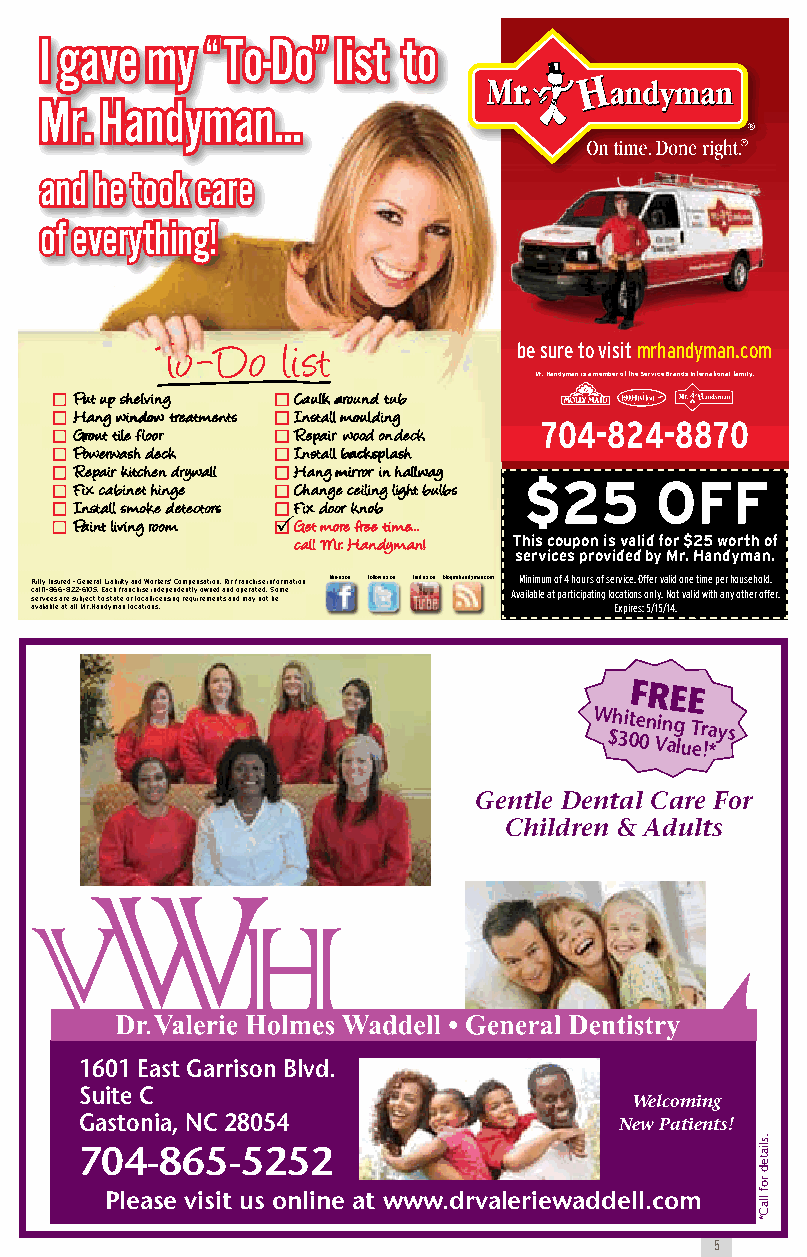
I gave my  “To-Do” list to
 Mr. Handyman...
 and he took care
 of everything!
 To-Do    list           be sure to visit mrhandyman.com
 Mr. Handyman is a member of the Service Brands International family.
 Put up shelving Caulk around tub
 Hang window treatments Install moulding
 704-824-8870
 Grout tile floor Repair wood on deck
 Powerwash deck Install backsplash
 Repair kitchen drywall Hang mirror in hallway
 $25     OFF
 Fix cabinet hinge Change ceiling light bulbs
 Install smoke detectors Fix door knob
 Paint living room PGet more free time...
 call Mr. Handyman! This coupon is valid for $25 worth of
 services provided by Mr. Handyman.
 Fully Insured - General Liability and Workers’ Compensation. For franchise information like us on follow us on find us on blog.mrhandyman.com Minimum of 4 hours of service. Offer valid one time per household.
 c sea rll v 1 i- c8 e6 s 6 a- r8 e2 s2 u- b6 je10 c5 t . t oE a sc tah t f er a on r c lh oi cs ae l i ln icd ee np se inn gd e rn et ql uy i ro ew mn ee nd t a s n ad n do p me ara yt ne od t. S bo em e Available at participating locations only. Not valid with any other offer.
 available at all Mr. Handyman locations. Expires: 5/15/14.
 Free
 W $h 3it 0e 0n Vin ag
 lu
 T er !a *ys
 Gentle Dental Care For
 Children & Adults
 .
 1601 East Garrison Blvd.
 Suite C
 Welcoming
 Gastonia, NC 28054                  New Patients!
 704-865-5252
 Please visit us online at www.drvaleriewaddell.com
 5
 .sliated
 rof
 llaC*